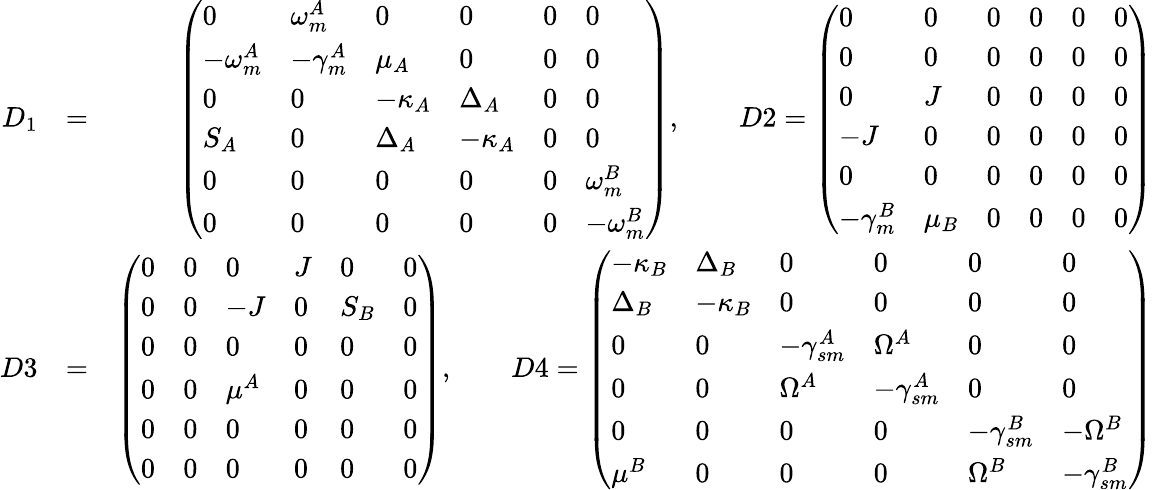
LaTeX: \begin{array}{rlr}{D_{1}}&{=}&{\left(\begin{array}{llllll}{0}&{\omega_{m}^{A}}&{0}&{0}&{0}&{0}\\ {-\omega_{m}^{A}}&{-\gamma_{m}^{A}}&{\mu_{A}}&{0}&{0}&{0}\\ {0}&{0}&{-\kappa_{A}}&{\Delta_{A}}&{0}&{0}\\ {S_{A}}&{0}&{\Delta_{A}}&{-\kappa_{A}}&{0}&{0}\\ {0}&{0}&{0}&{0}&{0}&{\omega_{m}^{B}}\\ {0}&{0}&{0}&{0}&{0}&{-\omega_{m}^{B}}\end{array}\right),\quad\quad D2=\left(\begin{array}{llllll}{0}&{0}&{0}&{0}&{0}&{0}\\ {0}&{0}&{0}&{0}&{0}&{0}\\ {0}&{J}&{0}&{0}&{0}&{0}\\ {-J}&{0}&{0}&{0}&{0}&{0}\\ {0}&{0}&{0}&{0}&{0}&{0}\\ {-\gamma_{m}^{B}}&{\mu_{B}}&{0}&{0}&{0}&{0}\end{array}\right)}\\ {D3}&{=}&{\left(\begin{array}{llllll}{0}&{0}&{0}&{J}&{0}&{0}\\ {0}&{0}&{-J}&{0}&{S_{B}}&{0}\\ {0}&{0}&{0}&{0}&{0}&{0}\\ {0}&{0}&{\mu^{A}}&{0}&{0}&{0}\\ {0}&{0}&{0}&{0}&{0}&{0}\\ {0}&{0}&{0}&{0}&{0}&{0}\end{array}\right),\quad\quad D4=\left(\begin{array}{llllll}{-\kappa_{B}}&{\Delta_{B}}&{0}&{0}&{0}&{0}\\ {\Delta_{B}}&{-\kappa_{B}}&{0}&{0}&{0}&{0}\\ {0}&{0}&{-\gamma_{sm}^{A}}&{\Omega^{A}}&{0}&{0}\\ {0}&{0}&{\Omega^{A}}&{-\gamma_{sm}^{A}}&{0}&{0}\\ {0}&{0}&{0}&{0}&{-\gamma_{sm}^{B}}&{-\Omega^{B}}\\ {\mu^{B}}&{0}&{0}&{0}&{\Omega^{B}}&{-\gamma_{sm}^{B}}\end{array}\right)}\end{array}